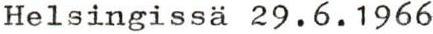
Helsingissä 29.6.1966